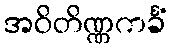
အဝိတိဏ္ဏကင်္ခံ